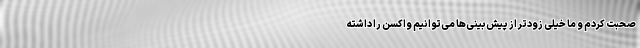
صحبت کردم و ما خیلی زودتر از پیش‌بینی‌ها می‌توانیم واکسن را داشته